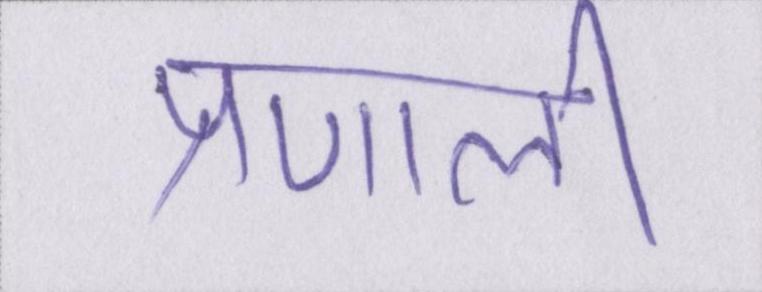
प्रणाली